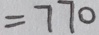
= 7 7 0